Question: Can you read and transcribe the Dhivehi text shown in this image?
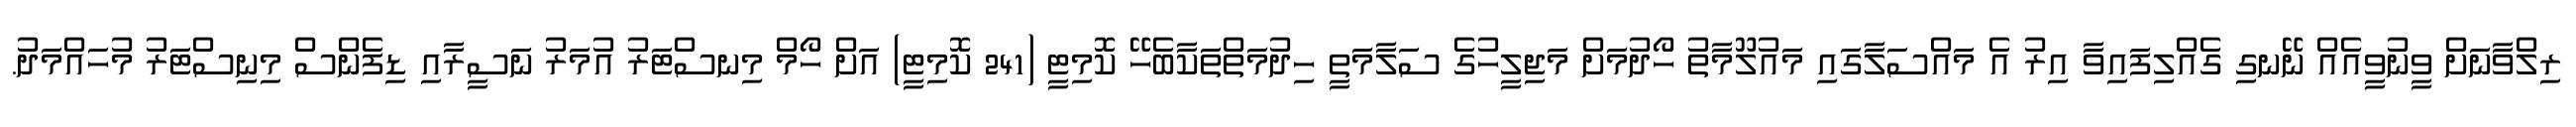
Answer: ރިލްވާނަށް ވީނުވީއެއް ނޭނގި ގެއްލިފައިވާ އިރު އެ މައްސަލާގައި މައުލޫމާތު ހޯދުމަށް މަޖިލީހުގެ ސަލާމަތީ ހިދުމަތްތަކާބެހޭ ކޮމިޓީ (241 ކޮމިޓީ) އަށް ހޯމް މިނސްޓަރު އުމަރު ނަސީރާއި ޑިފެންސް މިނިސްޓަރު މުހައްމަދު.